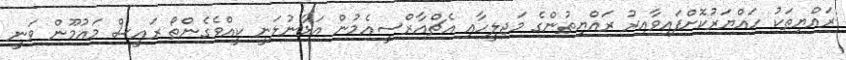
ރައްޔިތަކު ހައްޔަރުކޮށްފައިވާއިރު ރައްޔިތުންގެ މަޖިލީހާއި އެޗްއާރްސީއެމުން އަޅާނުލަނީ ކީއްވެގެންތޯ ރައީސް މައުމޫން ވަނީ